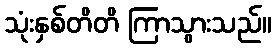
သုံးနှစ်တိတိ ကြာသွားသည်။